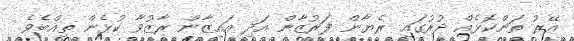
އޭރު ތަންކޮޅެއް ދުރުގައި ރެޔާން ފަރުޒާން އަދި އައިޒާން ރާޒުވާ ކުޅެން ތިއްބެވެ.